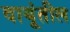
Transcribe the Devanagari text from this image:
वायूंतील